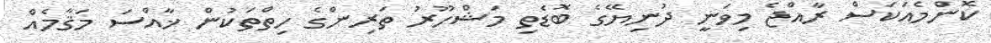
ކޮންމެއަކަސް ރާއްޖެ މިވަނީ ދުނިޔޭގެ ބޮޑެތި މަޝްހޫރު ތަރިންގެ ހިތްތަކުން ޚާއްސަ މަޤާމެއް